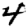
Digit: 4